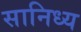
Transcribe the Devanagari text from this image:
सानिध्‍य